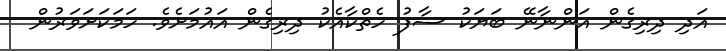
އަދި ދިރިގެން އަންނާނޭ ބަޔަކު ސާފު ހެތްކާއެކު ދިރިގެން އައުމަށެވެ. ހަމަކަށަވަރުން